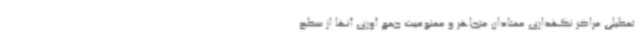
تعطیلی مراکز نگهداری معتادان متجاهر و ممنوعیت جمع آوری آنها از سطح